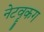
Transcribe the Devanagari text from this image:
नेटवॄकग